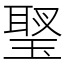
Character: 𤧬